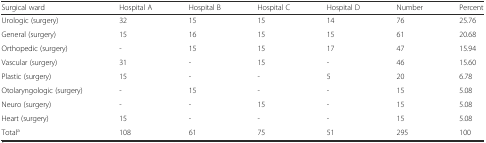
<table><thead><tr><td><b>Surgical ward</b></td><td><b>Hospital A</b></td><td><b>Hospital B</b></td><td><b>Hospital C</b></td><td><b>Hospital D</b></td><td><b>Number</b></td><td><b>Percent</b></td></tr></thead><tbody><tr><td>Urologic (surgery)</td><td>32</td><td>15</td><td>15</td><td>14</td><td>76</td><td>25.76</td></tr><tr><td>General (surgery)</td><td>15</td><td>16</td><td>15</td><td>15</td><td>61</td><td>20.68</td></tr><tr><td>Orthopedic (surgery)</td><td>-</td><td>15</td><td>15</td><td>17</td><td>47</td><td>15.94</td></tr><tr><td>Vascular (surgery)</td><td>31</td><td>-</td><td>15</td><td>-</td><td>46</td><td>15.60</td></tr><tr><td>Plastic (surgery)</td><td>15</td><td>-</td><td>-</td><td>5</td><td>20</td><td>6.78</td></tr><tr><td>Otolaryngologic (surgery)</td><td>-</td><td>15</td><td>-</td><td>-</td><td>15</td><td>5.08</td></tr><tr><td>Neuro (surgery)</td><td>-</td><td>-</td><td>15</td><td>-</td><td>15</td><td>5.08</td></tr><tr><td>Heart (surgery)</td><td>15</td><td>-</td><td>-</td><td>-</td><td>15</td><td>5.08</td></tr><tr><td>Total<sup>a</sup></td><td>108</td><td>61</td><td>75</td><td>51</td><td>295</td><td>100</td></tr></tbody></table>